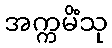
အက္ကမိံသု